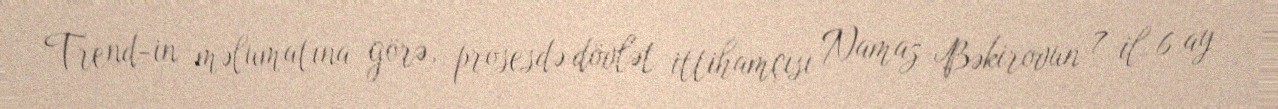
Trend-in məlumatına görə, prosesdə dövlət ittihamçısı Namaz Bəkirovun 7 il 6 ay